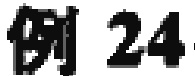
例 24